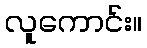
လူကောင်း။